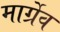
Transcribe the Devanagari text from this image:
मार्ग्रेव